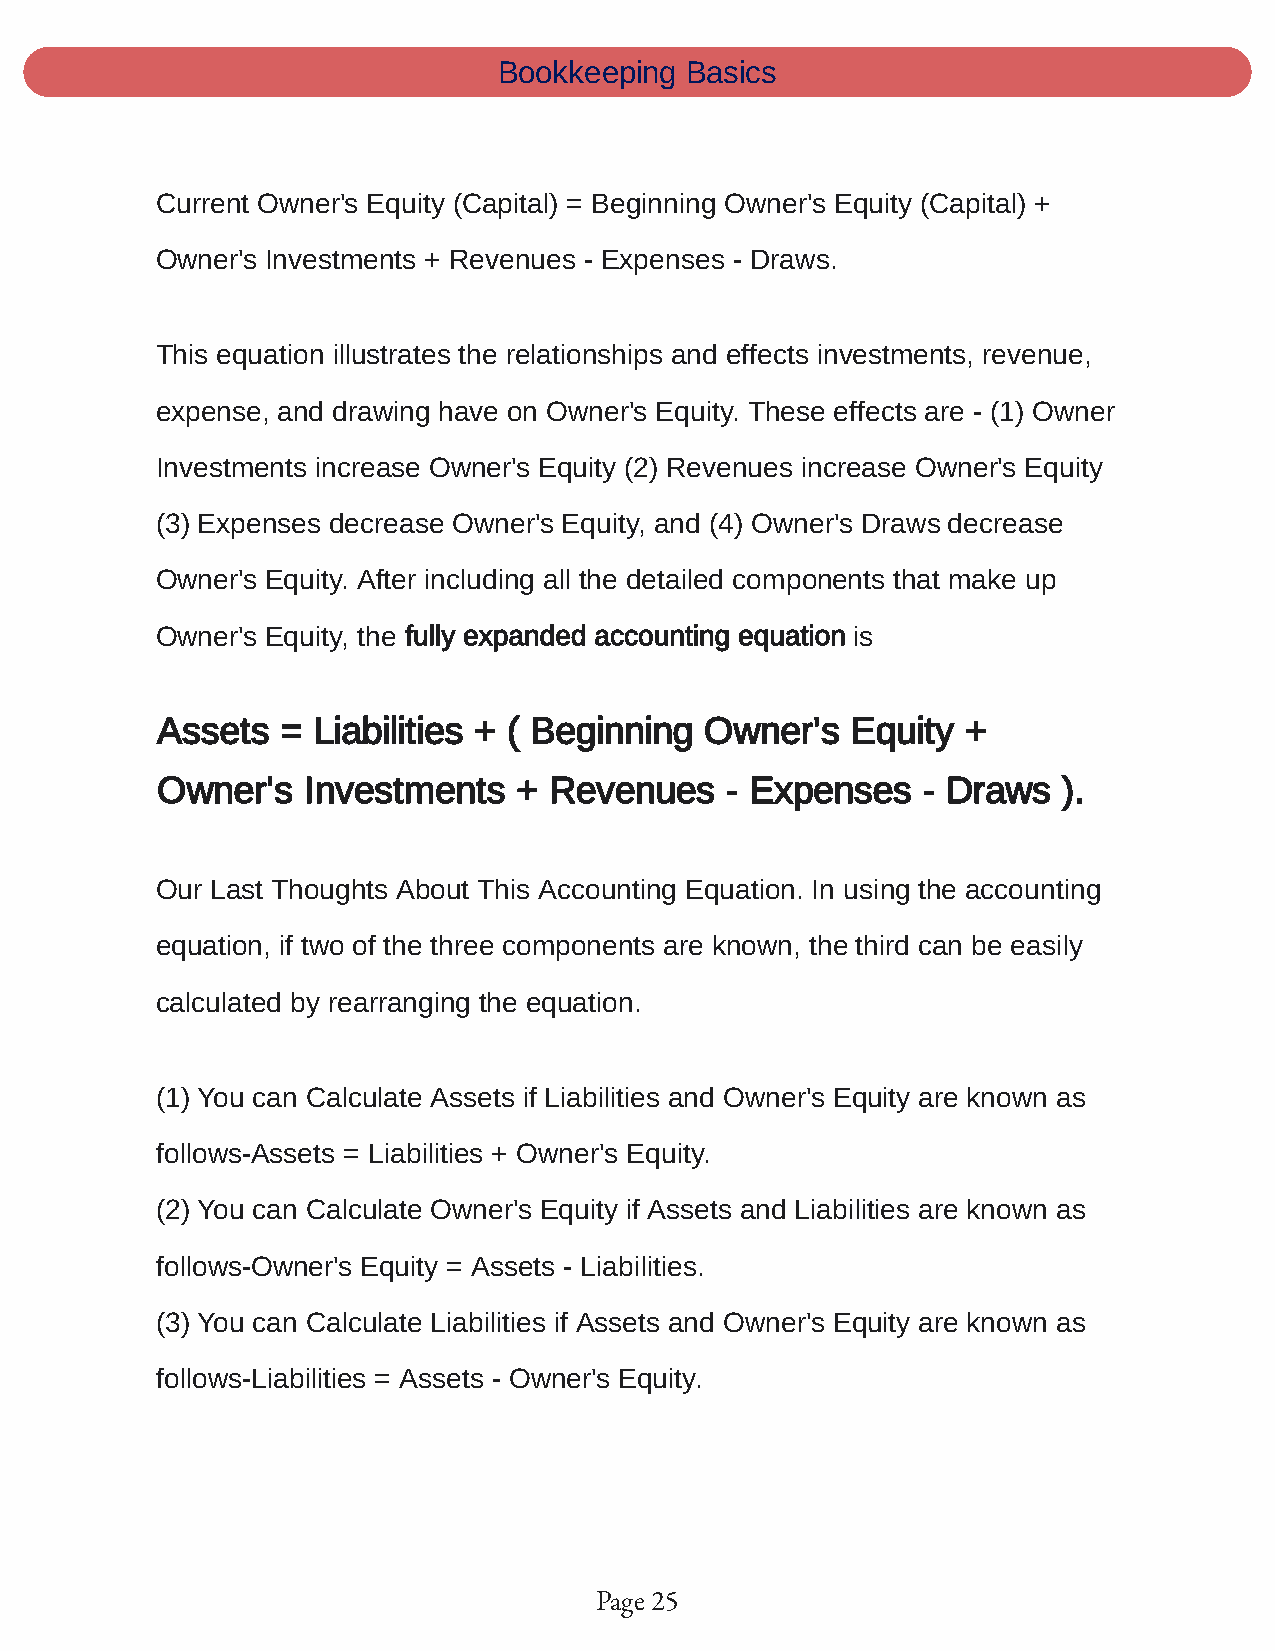
Bookkeeping Basics
 Current Owner's Equity (Capital) = Beginning Owner's Equity (Capital) +
 Owner's Investments + Revenues - Expenses - Draws.
 This equation illustrates the relationships and effects investments, revenue,
 expense, and drawing have on Owner's Equity. These effects are - (1) Owner
 Investments increase Owner's Equity (2) Revenues increase Owner's Equity
 (3) Expenses decrease Owner's Equity, and (4) Owner's Draws decrease
 Owner's Equity. After including all the detailed components that make up
 Owner's Equity, the fully expanded accounting equation is
 Assets   = Liabilities + ( Beginning Owner's  Equity  +
 Owner's   Investments   + Revenues    - Expenses   - Draws  ).
 Our Last Thoughts About This Accounting Equation. In using the accounting
 equation, if two of the three components are known, the third can be easily
 calculated by rearranging the equation.
 (1) You can Calculate Assets if Liabilities and Owner's Equity are known as
 follows-Assets = Liabilities + Owner's Equity.
 (2) You can Calculate Owner's Equity if Assets and Liabilities are known as
 follows-Owner's Equity = Assets - Liabilities.
 (3) You can Calculate Liabilities if Assets and Owner's Equity are known as
 follows-Liabilities = Assets - Owner's Equity.
 Page 25